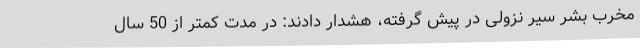
مخرب بشر سیر نزولی در پیش گرفته، هشدار دادند: در مدت کمتر از 50 سال